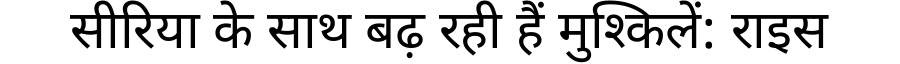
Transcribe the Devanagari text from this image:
सीरिया के साथ बढ़ रही हैं मुश्किलें: राइस